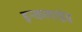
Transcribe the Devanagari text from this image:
इन्कलाइंड